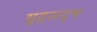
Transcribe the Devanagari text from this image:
युद्धसदृष